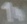
Text: 1n